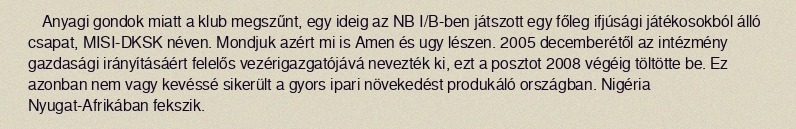
Anyagi gondok miatt a klub megszűnt, egy ideig az NB I/B-ben játszott egy főleg ifjúsági játékosokból álló csapat, MISI-DKSK néven. Mondjuk azért mi is Amen és ugy lészen. 2005 decemberétől az intézmény gazdasági irányításáért felelős vezérigazgatójává nevezték ki, ezt a posztot 2008 végéig töltötte be. Ez azonban nem vagy kevéssé sikerült a gyors ipari növekedést produkáló országban. Nigéria Nyugat-Afrikában fekszik.